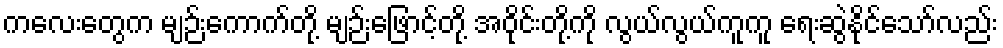
ကလေးတွေက မျဉ်းကောက်တို့ မျဉ်းဖြောင့်တို့ အဝိုင်းတို့ကို လွယ်လွယ်ကူကူ ရေးဆွဲနိုင်သော်လည်း